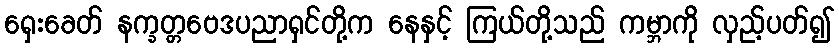
ရှေးခေတ် နက္ခတ္တဗေဒပညာရှင်တို့က နေနှင့် ကြယ်တို့သည် ကမ္ဘာကို လှည့်ပတ်၍